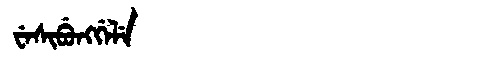
Manchu: ᠸᡝᠰᡳᠪᡠᠩᡤᡝᠯᡝ
Romanization: WESIBUNGGELE